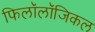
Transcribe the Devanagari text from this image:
फिलॉलॉजिकल